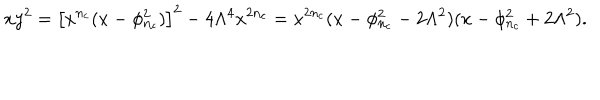
LaTeX: x y ^ { 2 } = \left[ x ^ { n _ { c } } ( x - \phi _ { n _ { c } } ^ { 2 } ) \right] ^ { 2 } - 4 \Lambda ^ { 4 } x ^ { 2 n _ { c } } = x ^ { 2 n _ { c } } ( x - \phi _ { n _ { c } } ^ { 2 } - 2 \Lambda ^ { 2 } ) ( x - \phi _ { n _ { c } } ^ { 2 } + 2 \Lambda ^ { 2 } ) .